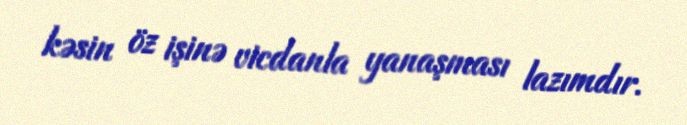
kəsin öz işinə vicdanla yanaşması lazımdır.